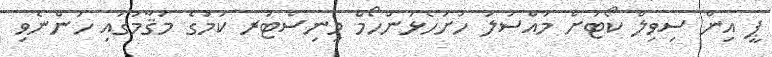
ޕީ އިން ސިވިލް ކޯޓަށް މައްސަލަ ހުށަހެޅުންހޯމް މިނިސްޓަރ ކަމުގެ މަޤާމުގައި ހުންނެވި